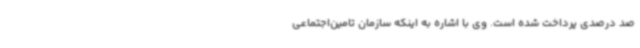
صد درصدی پرداخت شده است. وی با اشاره به اینکه سازمان تامین‌اجتماعی